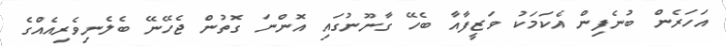
އަހަރެން ބުނެފިން އެކަމަކު ވަޒީފާއާ ބެހޭ ގާނޫނުގައި އޮންނަ ގޮތުން ޖެހޭނޭ ބެލެނިވެރިއެއްގެ